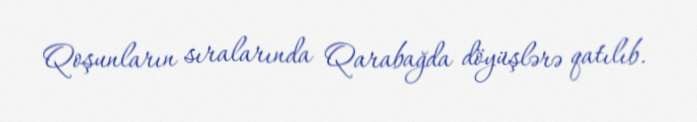
Qoşunların sıralarında Qarabağda döyüşlərə qatılıb.